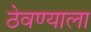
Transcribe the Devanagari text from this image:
ठेवण्याला